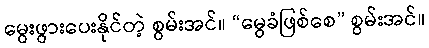
မွေးဖွားပေးနိုင်တဲ့ စွမ်းအင်။ “မွေခံဖြစ်စေ” စွမ်းအင်။